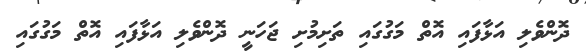
ދޮންވެލި އަޅާފައި އޮތް މަގުގައި ތަށިމުށި ޖަހަނީ ދޮންވެލި އަޅާފައި އޮތް މަގުގައި